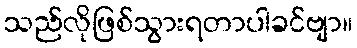
သည်လိုဖြစ်သွားရတာပါခင်ဗျာ။